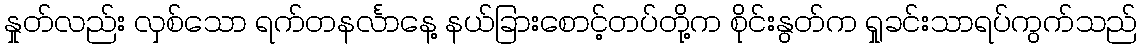
နှုတ်လည်း လှစ်သော ရက်တနင်္လာနေ့ နယ်ခြားစောင့်တပ်တို့က စိုင်းနွတ်က ရှုခင်းသာရပ်ကွက်သည်